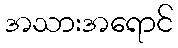
အသားအရောင်